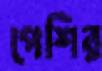
পেশির